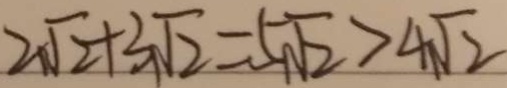
2 \sqrt { 2 } + 3 \sqrt { 2 } = 5 \sqrt { 2 } > 4 \sqrt { 2 }